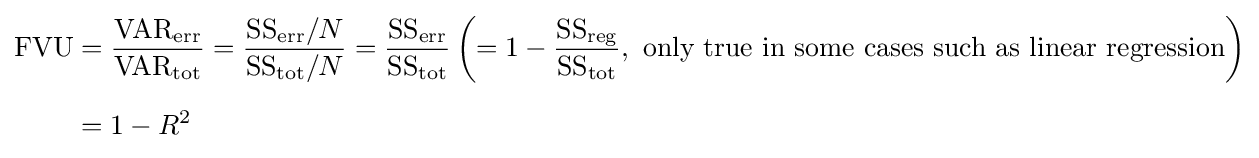
{\begin{aligned}{\text{FVU}}&={{\text{VAR}}_{\text{err}} \over {\text{VAR}}_{\text{tot}}}={{\text{SS}}_{\text{err}}/N \over {\text{SS}}_{\text{tot}}/N}={{\text{SS}}_{\text{err}} \over {\text{SS}}_{\text{tot}}}\left(=1-{{\text{SS}}_{\text{reg}} \over {\text{SS}}_{\text{tot}}},{\text{ only true in some cases such as linear regression}}\right)\\[6pt]&=1-R^{2}\end{aligned}}